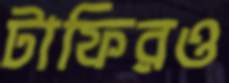
টাফিরও